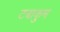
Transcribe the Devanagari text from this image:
टबाकुम